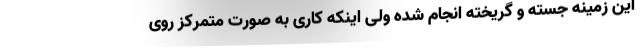
این زمینه جسته و گریخته انجام شده ولی اینکه کاری به صورت متمرکز روی